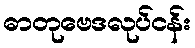
ဓာတုဗေဒလုပ်ငန်း